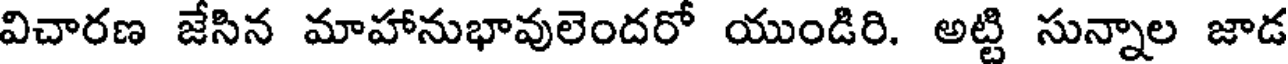
విచారణ జేసిన మాహానుభావులెందరో యుండిరి. అట్టి సున్నాల జాడ